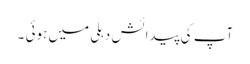
آپ کی پیدائش دہلی میں ہوئی ۔